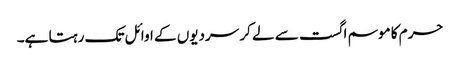
حرم کا موسم اگست سے لے کر سردیوں کے اوائل تک رہتا ہے۔